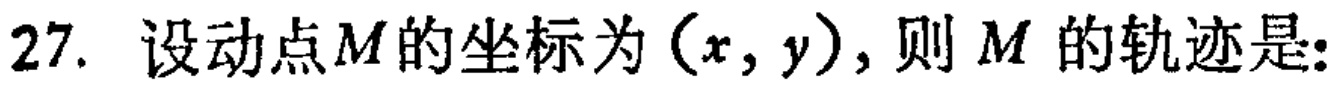
27. 设动点\(M\)的坐标为\((x,y)\)，则\(M\)的轨迹是: